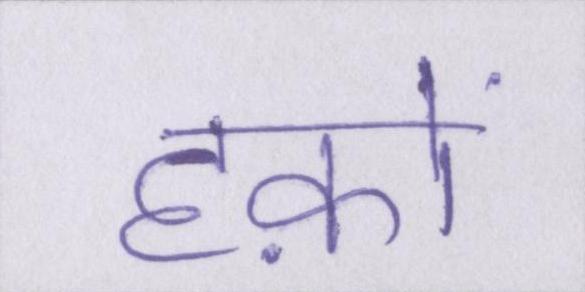
हक़ों